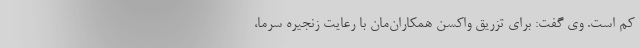
کم است. وی گفت: برای تزریق واکسن همکاران‌مان با رعایت زنجیره سرما،